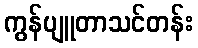
ကွန်ပျူတာသင်တန်း